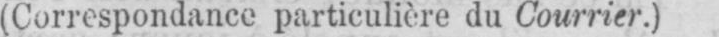
(Correspondance particulière du Courrier.)